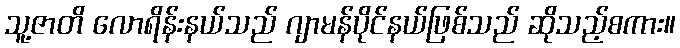
သူ့ဇာတိ လောရိန်းနယ်သည် ဂျာမန်ပိုင်နယ်ဖြစ်သည် ဆိုသည့်စကား။